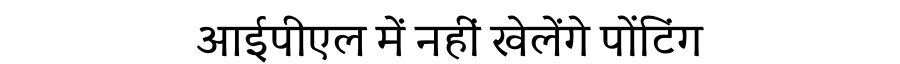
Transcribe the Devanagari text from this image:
आईपीएल में नहीं खेलेंगे पोंटिंग